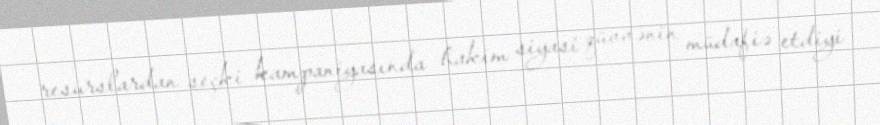
resurslardan seçki kampaniyasında hakim siyasi qüvvənin müdafiə etdiyi